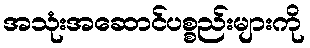
အသုံးအဆောင်ပစ္စည်းများကို